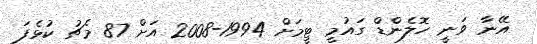
އޭނާ ވަނީ ހޮލެންޑް ގައުމީ ޓީމަށް 1994-2008 އަށް 87 މެޗު ކުޅެފަ